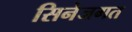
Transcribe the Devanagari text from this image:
सिनेजगत